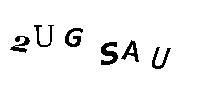
2UGSAU